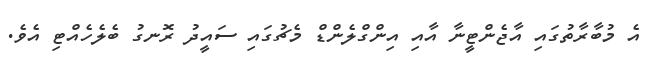
އެ މުބާރާތުގައި އާޖެންޓީނާ އާއި އިންގްލެންޑް މެޗުގައި ސައީދު ރޮނގު ބެލެހެއްޓި އެވެ.